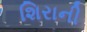
શિરાની